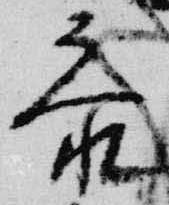
参